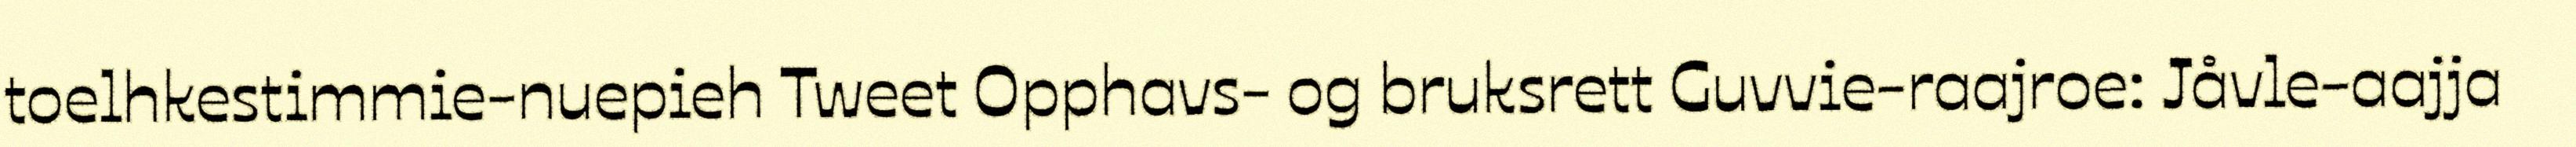
toelhkestimmie-nuepieh Tweet Opphavs- og bruksrett Guvvie-raajroe: Jåvle-aajja